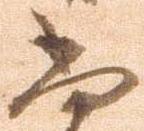
尚